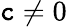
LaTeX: \mathtt{c}\neq0